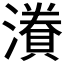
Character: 𭲷